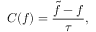
C ( f ) = \frac { \Tilde { f } - f } { \tau } ,